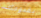
بقدومك